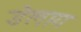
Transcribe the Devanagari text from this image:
डेलाग